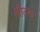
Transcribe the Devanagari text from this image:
श्रीतमा